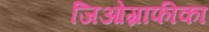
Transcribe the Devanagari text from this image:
जिओग्राफीका